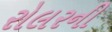
રોલરની